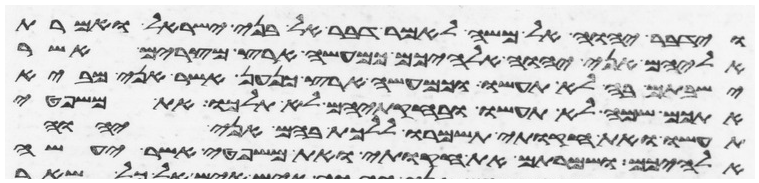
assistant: וידבר יהוה אל משה לאמר דבר אל בני ישראל ואמרת
אליהם אני יהוה אלהיכם כמעשה ארץ מצרים אשר
ישבתם בה לא תעשו וכמעשה ארץ כנען אשר אני מביא
אתכם שמה לא תעשו ובחקתיהם לא תלכו את משפטי
תעשו ואת חקותי תשמרו ללכת בהם אני יהוה
אלהיכם ושמרתם את חקותי ואת משפטי אשר יעשה